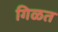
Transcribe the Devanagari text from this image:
गिळत